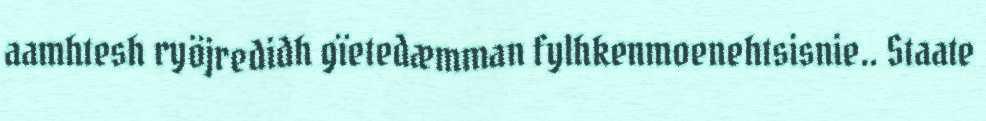
aamhtesh ryöjredidh gïetedæmman fylhkenmoenehtsisnie.. Staate